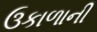
ઉકાળાની